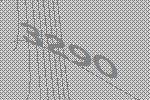
3290